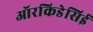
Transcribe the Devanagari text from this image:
ऑरकिडेसिई